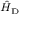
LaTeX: \scriptstyle { { \hat { H } } _ { \mathrm { D } } }